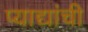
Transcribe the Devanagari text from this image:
प्याद्यांची